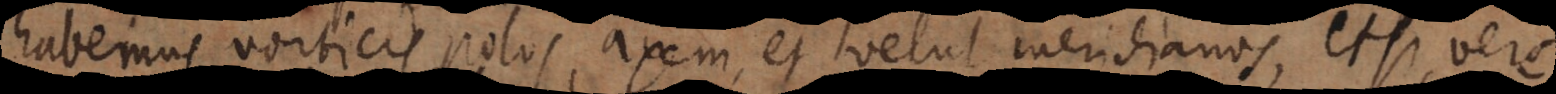
habemus vorticis polos, axem, et velut meridianos, etsi vere